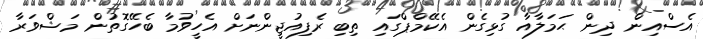
އެސްއިން ދިން ޙަމަލާއާ ގުޅިގެން އެކޭމްޕްގައި ތިބި ރެފިއުޖީންނަށް އެހީވުމާ ބެހޭގޮތުން މަޝްވަރާ